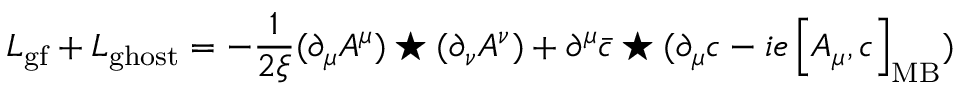
{ \cal L } _ { \mathrm { g f } } + { \cal L } _ { \mathrm { g h o s t } } = - \frac { 1 } { 2 \xi } ( \partial _ { \mu } A ^ { \mu } ) \star ( \partial _ { \nu } A ^ { \nu } ) + \partial ^ { \mu } \bar { c } \star ( \partial _ { \mu } c - i e \left[ A _ { \mu } , c \right] _ { \mathrm { M B } } )